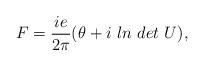
LaTeX: \begin{align*}F = \frac{ie}{2\pi}(\theta+ i\ ln\ det\ U),\end{align*}